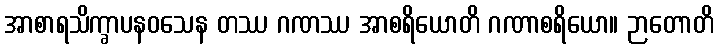
အာစာရသိက္ခာပနဝသေန တဿ ဂဏဿ အာစရိယောတိ ဂဏာစရိယော။ ဉာတောတိ